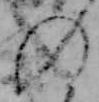
の